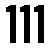
111